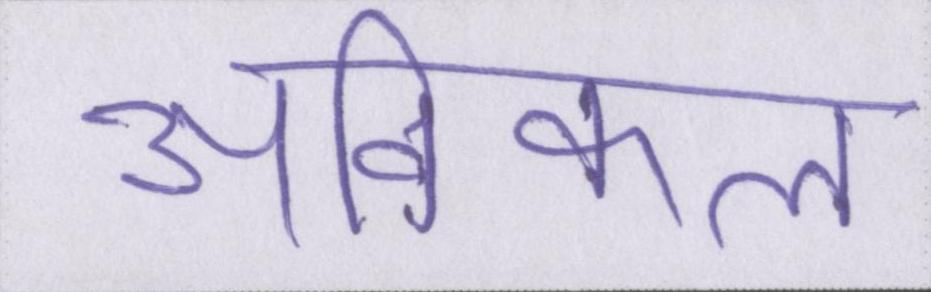
अविकल